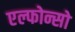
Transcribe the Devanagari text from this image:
एल्फोन्सो